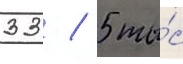
33 / 5 ты́с